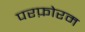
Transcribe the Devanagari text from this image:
परफ़ोरम